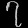
Digit: ၇